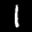
Label: 1